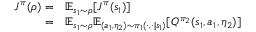
\begin{array} { r l } { J ^ { \pi } ( \rho ) = } & { \mathbb { E } _ { s _ { 1 } \sim \rho } [ J ^ { \pi } ( s _ { 1 } ) ] } \\ { = } & { \mathbb { E } _ { s _ { 1 } \sim \rho } \mathbb { E } _ { ( a _ { 1 } , \eta _ { 2 } ) \sim \pi _ { 1 } ( \cdot , \cdot | s _ { 1 } ) } [ Q ^ { \pi _ { 2 } } ( s _ { 1 } , a _ { 1 } , \eta _ { 2 } ) ] } \end{array}